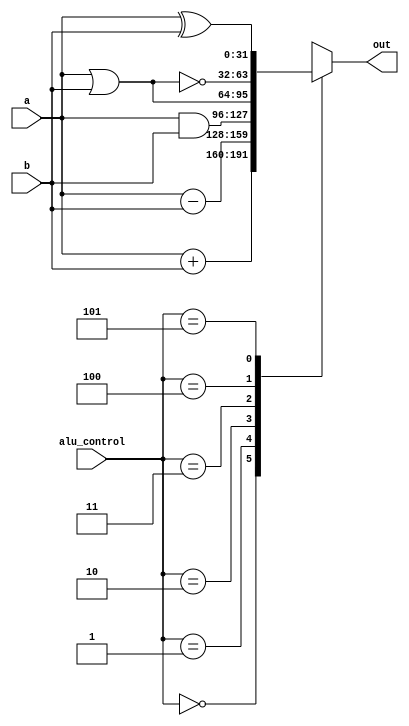
// EX1: Arithmetic logic unit
module ALU (a, b, alu_control, out);
  input [31:0] a, b;
  input [2:0] alu_control;
  output reg [31:0] out;
  always @ (alu_control or a or b)
		case(alu_control)
		  // ADD 3'b000
		  3'b000:  out = a + b;
		  // SUB 3'b001
		  3'b001: out = a-b;
		  // AND 3'b010
		  3'b010: out = a&b;
		  // OR  3'b011
		  3'b011: out = a|b;
		  // NOR 3'b100
		  3'b100: out = a~|b;
		  // XOR 3'b101
		  3'b101: out = a^b;

		  default: out = 32'bx;
		endcase
endmodule


// EX2: Parameterized mux
module mux3 #(parameter WIDTH=8) (a, b, c, select, out);
  // select | out
  input [WIDTH-1:0] a, b, c;
  input [1:0] select;
  output reg [WIDTH-1:0] out;
  
  always @ (a or b or c or select)
	case (select)
	// 00 | a
		2'd0: out = a;
	// 01 | b
		2'd1: out = b;
	// 02 | c
		2'd2: out = c;
		
		default: out = {(WIDTH){1'bx}};
	endcase
endmodule


// EX3: Simple FSM
module simon1
(
	input wire clock, reset,
	input wire [1:0] in,
	output reg [1:0] out
);

localparam [2:0] // 6 states
    S = 0,
    R = 1,
    G = 2,
    B = 3,
    Y = 4,
    F = 5;
    
reg[2:0] state_reg, state_next; 

initial begin
	//$monitor("state_reg: %d", state_reg);
    out = 0;
    state_reg = S;
	state_next = S;
end


always @ (posedge reset, posedge clock)
begin
    if (reset) begin
        out <= 0;
        state_reg <= S;
    end else begin
		state_reg <= state_next;
	end
end 


always @ (in, state_reg)
begin
	state_next = F; //default
    case (state_reg)
        S : begin
                out = 2;
                case (in)
                    0: state_next = R;
                    1: state_next = G;
                    2: state_next = B;
                    3: state_next = Y;
                endcase
            end
        R : begin
                if (in == 0) out = 2;
                else out = 1;
            end
        G : begin
                if (in == 1) out = 2;
                else out = 1;
            end
        B : begin
                if (in == 2) out = 2;
                else out = 1;
            end
        Y : begin
                if (in == 3) out = 2;
                else out = 1;
            end
    endcase
end
endmodule